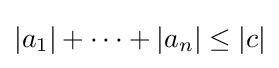
|a_{1}|+\cdots +|a_{n}|\leq |c|